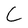
Character: C